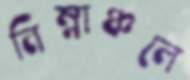
নিম্নাঞ্চলে